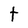
Character: t